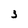
Character: 3